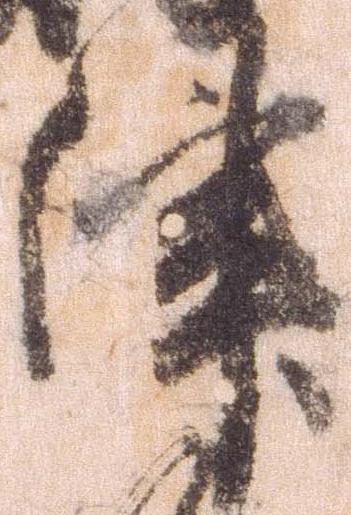
津